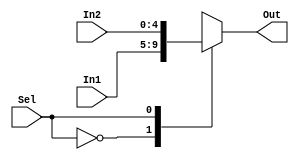
`timescale 1ns / 1ps



module Multi2to1_5bit(In1, In2, Sel, Out);
  input  [4:0]In1, In2;
  input  Sel;
  output reg [4:0] Out;

  always @(In1, In2, Sel)
    case(Sel)
      0: Out <= In1;
      1: Out <= In2;
    endcase
endmodule